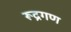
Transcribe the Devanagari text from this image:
रूद्रगण